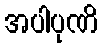
အပါပုဏိ